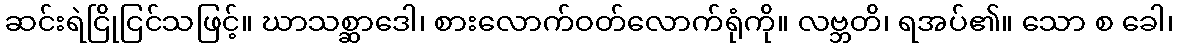
ဆင်းရဲငြိုငြင်သဖြင့်။ ဃာသစ္ဆာဒေါ၊ စားလောက်ဝတ်လောက်ရုံကို။ လဗ္ဘတိ၊ ရအပ်၏။ သော စ ခေါ၊